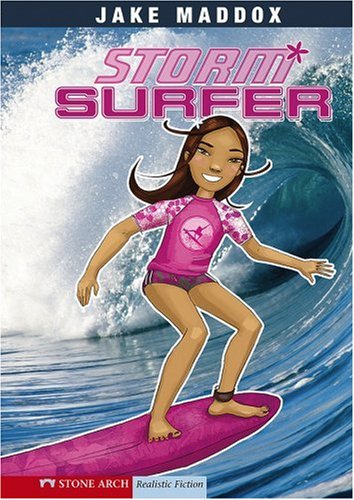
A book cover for Storm Surfer (Jake Maddox Girl Sports Stories); Jake Maddox; Children's Books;